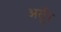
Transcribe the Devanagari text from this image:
अर्तुर